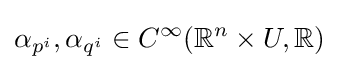
\alpha _{p^{i}},\alpha _{q^{i}}\in C^{\infty }(\mathbb {R} ^{n}\times U,\mathbb {R} )